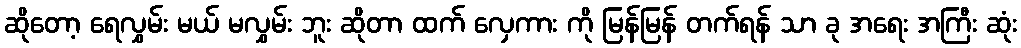
ဆိုတော့ ရေလွှမ်း မယ် မလွှမ်း ဘူး ဆိုတာ ထက် လှေကား ကို မြန်မြန် တက်ရန် သာ ခု အရေး အကြီး ဆုံး